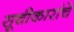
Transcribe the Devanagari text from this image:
सूचीकारांचे